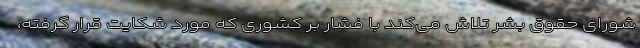
شورای حقوق بشر تلاش می‌کند با فشار بر کشوری که مورد شکایت قرار گرفته،